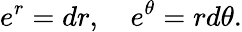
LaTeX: e^{r}=dr,\quad e^{\theta}=rd\theta.